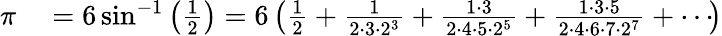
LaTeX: \begin{array}{rl}{\pi}&{{}=6\sin^{-1}\left({\frac{1}{2}}\right)=6\left({\frac{1}{2}}+{\frac{1}{2\cdot 3\cdot 2^{3}}}+{\frac{1\cdot 3}{2\cdot 4\cdot 5\cdot 2^{5}}}+{\frac{1\cdot 3\cdot 5}{2\cdot 4\cdot 6\cdot 7\cdot 2^{7}}}+\cdots\! \right)}\end{array}